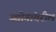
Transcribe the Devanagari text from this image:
उद्योगांवरील